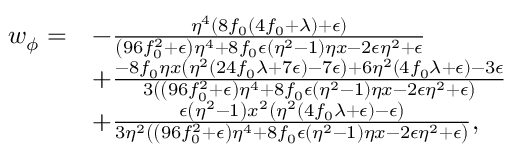
\begin{array} { r l } { w _ { \phi } = } & { - \frac { \eta ^ { 4 } ( 8 f _ { 0 } ( 4 f _ { 0 } + \lambda ) + \epsilon ) } { \left( 9 6 f _ { 0 } ^ { 2 } + \epsilon \right) \eta ^ { 4 } + 8 f _ { 0 } \epsilon \left( \eta ^ { 2 } - 1 \right) \eta x - 2 \epsilon \eta ^ { 2 } + \epsilon } } \\ & { + \frac { - 8 f _ { 0 } \eta x \left( \eta ^ { 2 } ( 2 4 f _ { 0 } \lambda + 7 \epsilon ) - 7 \epsilon \right) + 6 \eta ^ { 2 } ( 4 f _ { 0 } \lambda + \epsilon ) - 3 \epsilon } { 3 \left( \left( 9 6 f _ { 0 } ^ { 2 } + \epsilon \right) \eta ^ { 4 } + 8 f _ { 0 } \epsilon \left( \eta ^ { 2 } - 1 \right) \eta x - 2 \epsilon \eta ^ { 2 } + \epsilon \right) } } \\ & { + \frac { \epsilon \left( \eta ^ { 2 } - 1 \right) x ^ { 2 } \left( \eta ^ { 2 } ( 4 f _ { 0 } \lambda + \epsilon ) - \epsilon \right) } { 3 \eta ^ { 2 } \left( \left( 9 6 f _ { 0 } ^ { 2 } + \epsilon \right) \eta ^ { 4 } + 8 f _ { 0 } \epsilon \left( \eta ^ { 2 } - 1 \right) \eta x - 2 \epsilon \eta ^ { 2 } + \epsilon \right) } , } \end{array}